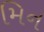
મિન